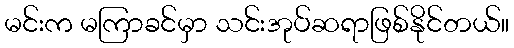
မင်းက မကြာခင်မှာ သင်းအုပ်ဆရာဖြစ်နိုင်တယ်။